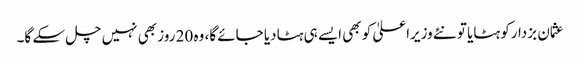
عثمان بزدارکو ہٹایا تو نئے وزیراعلیٰ کو بھی ایسے ہی ہٹادیا جائے گا، وہ 20 روز بھی نہیں چل سکے گا۔